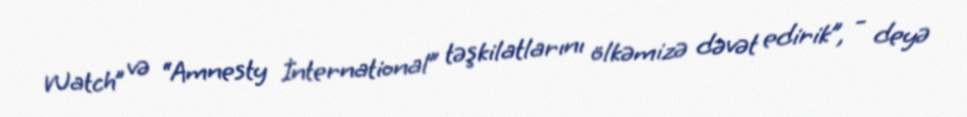
Watch” və “Amnesty İnternational” təşkilatlarını ölkəmizə dəvət edirik”, - deyə